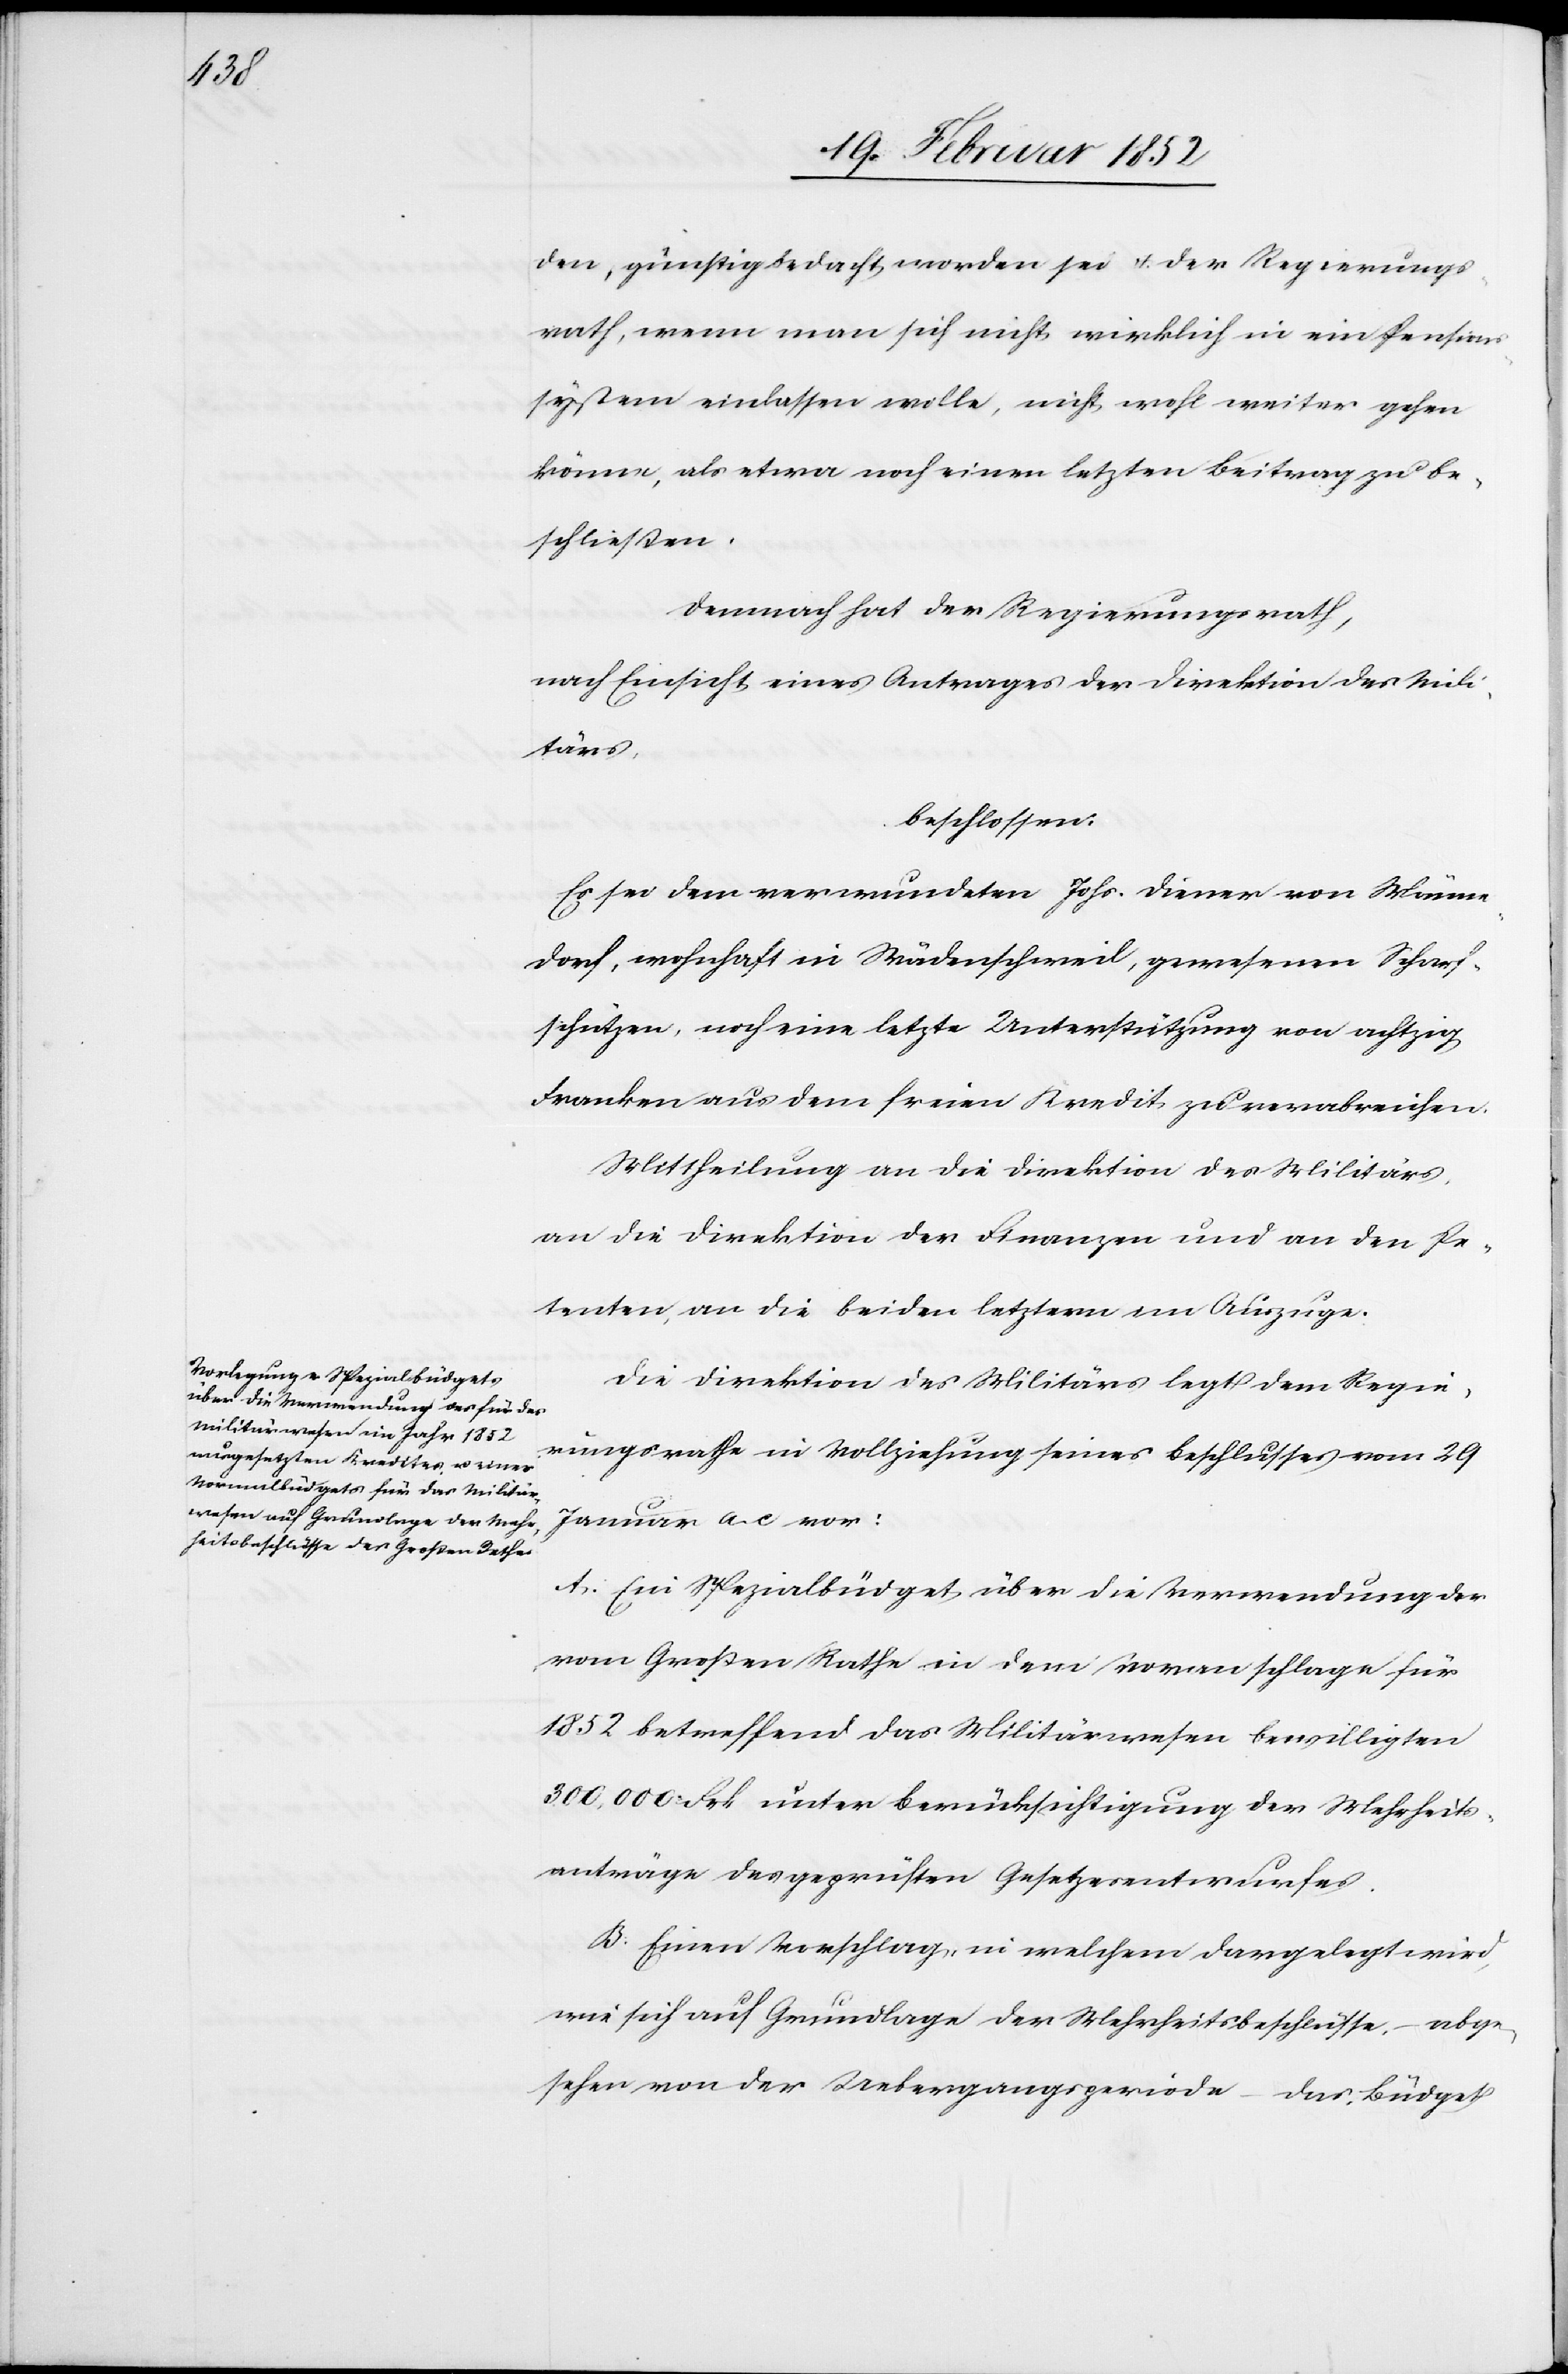
den, günstig bedacht worden sei u. der Regierungs¬
rath, wenn man sich nicht wirklich in ein Pensions¬
system einlassen wolle, nicht wohl weiter gehen
könne, als etwa noch einen letzten Beitrag zu be¬
schließen.
Demnach hat der Regierungsrath,
nach Einsicht eines Antrages der Direktion des Mili¬
tärs,
beschlossen.
Es sei dem verwundeten Johs. Diener von Männe¬
dorf, wohnhaft in Wädenschweil, gewesenen Scharf¬
schützen, noch eine letzte Unterstützung von achtzig
Franken aus dem freien Kredit zu verabreichen.
Mittheilung an die Direktion des Militärs,
an die Direktion der Finanzen und an den Pe¬
tenten, an die beiden letztern im Auszuge.
Die Direktion des Militärs legt dem Regie¬
rungsrathe in Vollziehung seines Beschlusses vom 29
Januar a. c vor:
A.) Ein Spezialbüdget über die Verwendung der
vom Großen Rathe in dem Voranschlage für
1851 betreffend das Militärwesen bewilligten
300,000 Frk. unter Berücksichtigung der Mehrheits¬
anträge des geprüften Gesetzesentwurfes.
B. Einen Vorschlag, in welchem dargelegt wird,
wie sich auf Grundlage der Mehrheitsbeschlüsse – abge¬
sehen von der Uebergangsperiode – das Büdget